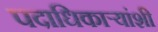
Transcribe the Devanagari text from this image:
पदाधिकार्‍यांशी